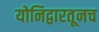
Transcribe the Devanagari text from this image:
योनिद्वारतूनच